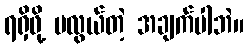
ရရှိဖို့ မလွယ်တဲ့ အချက်ပါဘဲ။